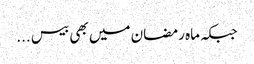
جبکہ ماہ رمضان میں بھی بیس ...